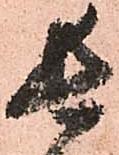
長